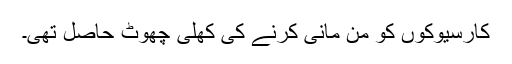
کارسیوکوں کو من مانی کرنے کی کھلی چھوٹ حاصل تھی۔